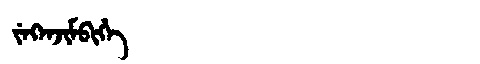
Manchu: ᠵᡝᡴᡝᠨᠵᡳᠮᠪᡳᡥᡝ
Romanization: JEKENJIMBIHE